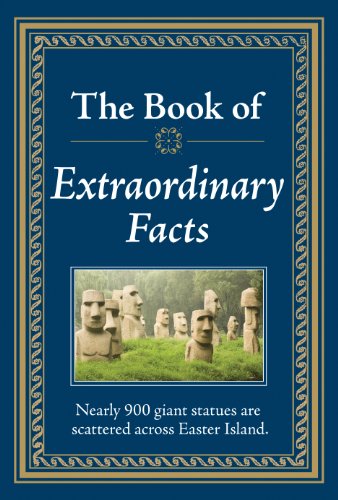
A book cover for The Book of Extraordinary Facts; Humor & Entertainment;